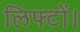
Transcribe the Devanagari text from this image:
लिफ्टों।